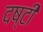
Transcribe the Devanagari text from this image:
दष्टी